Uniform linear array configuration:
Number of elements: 8
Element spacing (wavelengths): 0.25
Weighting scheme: binomial
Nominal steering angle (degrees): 45
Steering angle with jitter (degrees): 45.731
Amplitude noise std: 0.05
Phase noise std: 0.05

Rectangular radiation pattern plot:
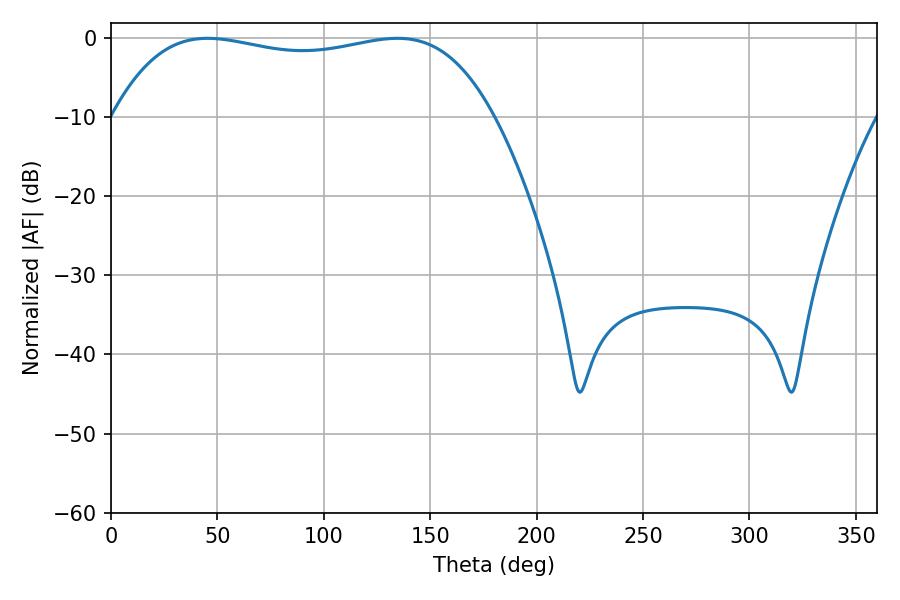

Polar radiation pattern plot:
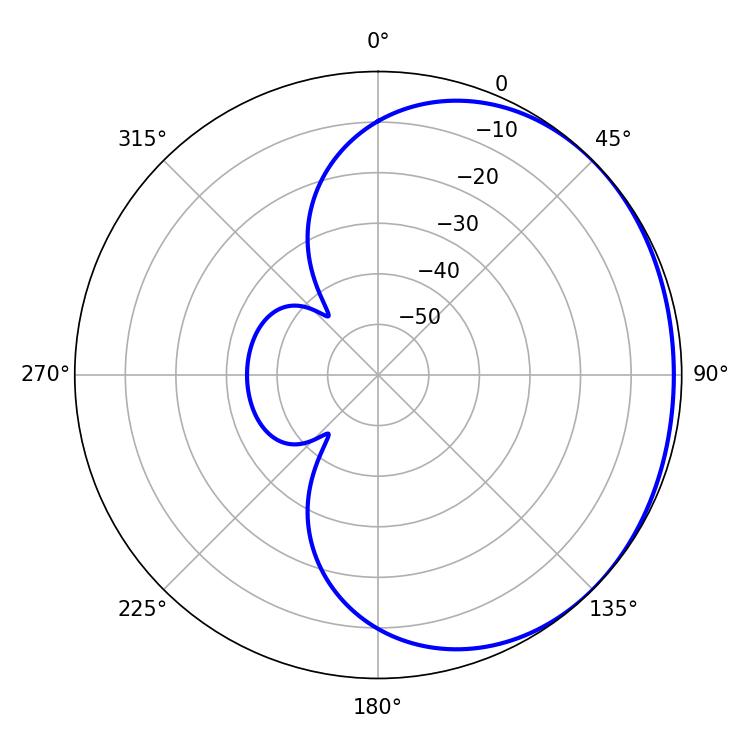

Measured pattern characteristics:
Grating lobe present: FALSE
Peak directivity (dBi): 0.9293
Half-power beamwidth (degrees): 143.64
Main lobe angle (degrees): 45.36